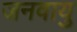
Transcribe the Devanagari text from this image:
जनवायु